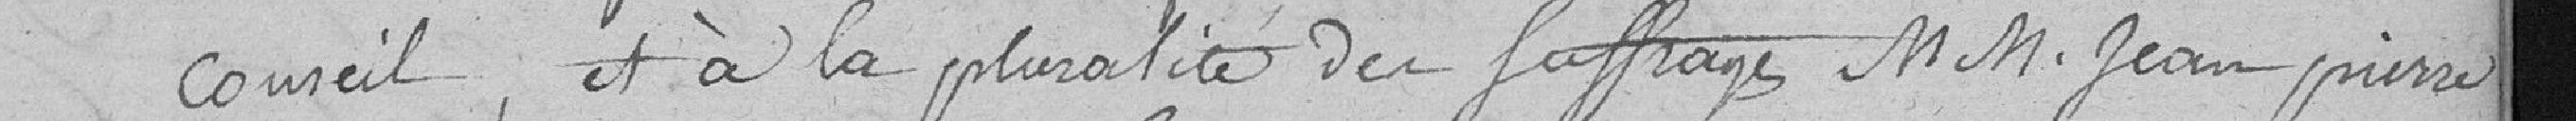
conseil, et à la pluralité du suffrage MM. Jean Pierre